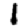
Digit: 1